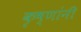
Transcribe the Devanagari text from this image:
कृष्णांनी